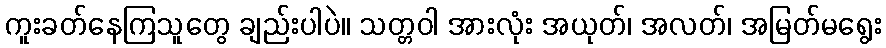
ကူးခတ်နေကြသူတွေ ချည်းပါပဲ။ သတ္တဝါ အားလုံး အယုတ်၊ အလတ်၊ အမြတ်မရွေး